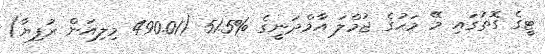
ޓީގެ ގޮތުގައި މޭ މަހުގެ ޖުމްލަ އާމްދަނީގެ %51.5 (490.01 މިލިއަން ރުފިޔާ)